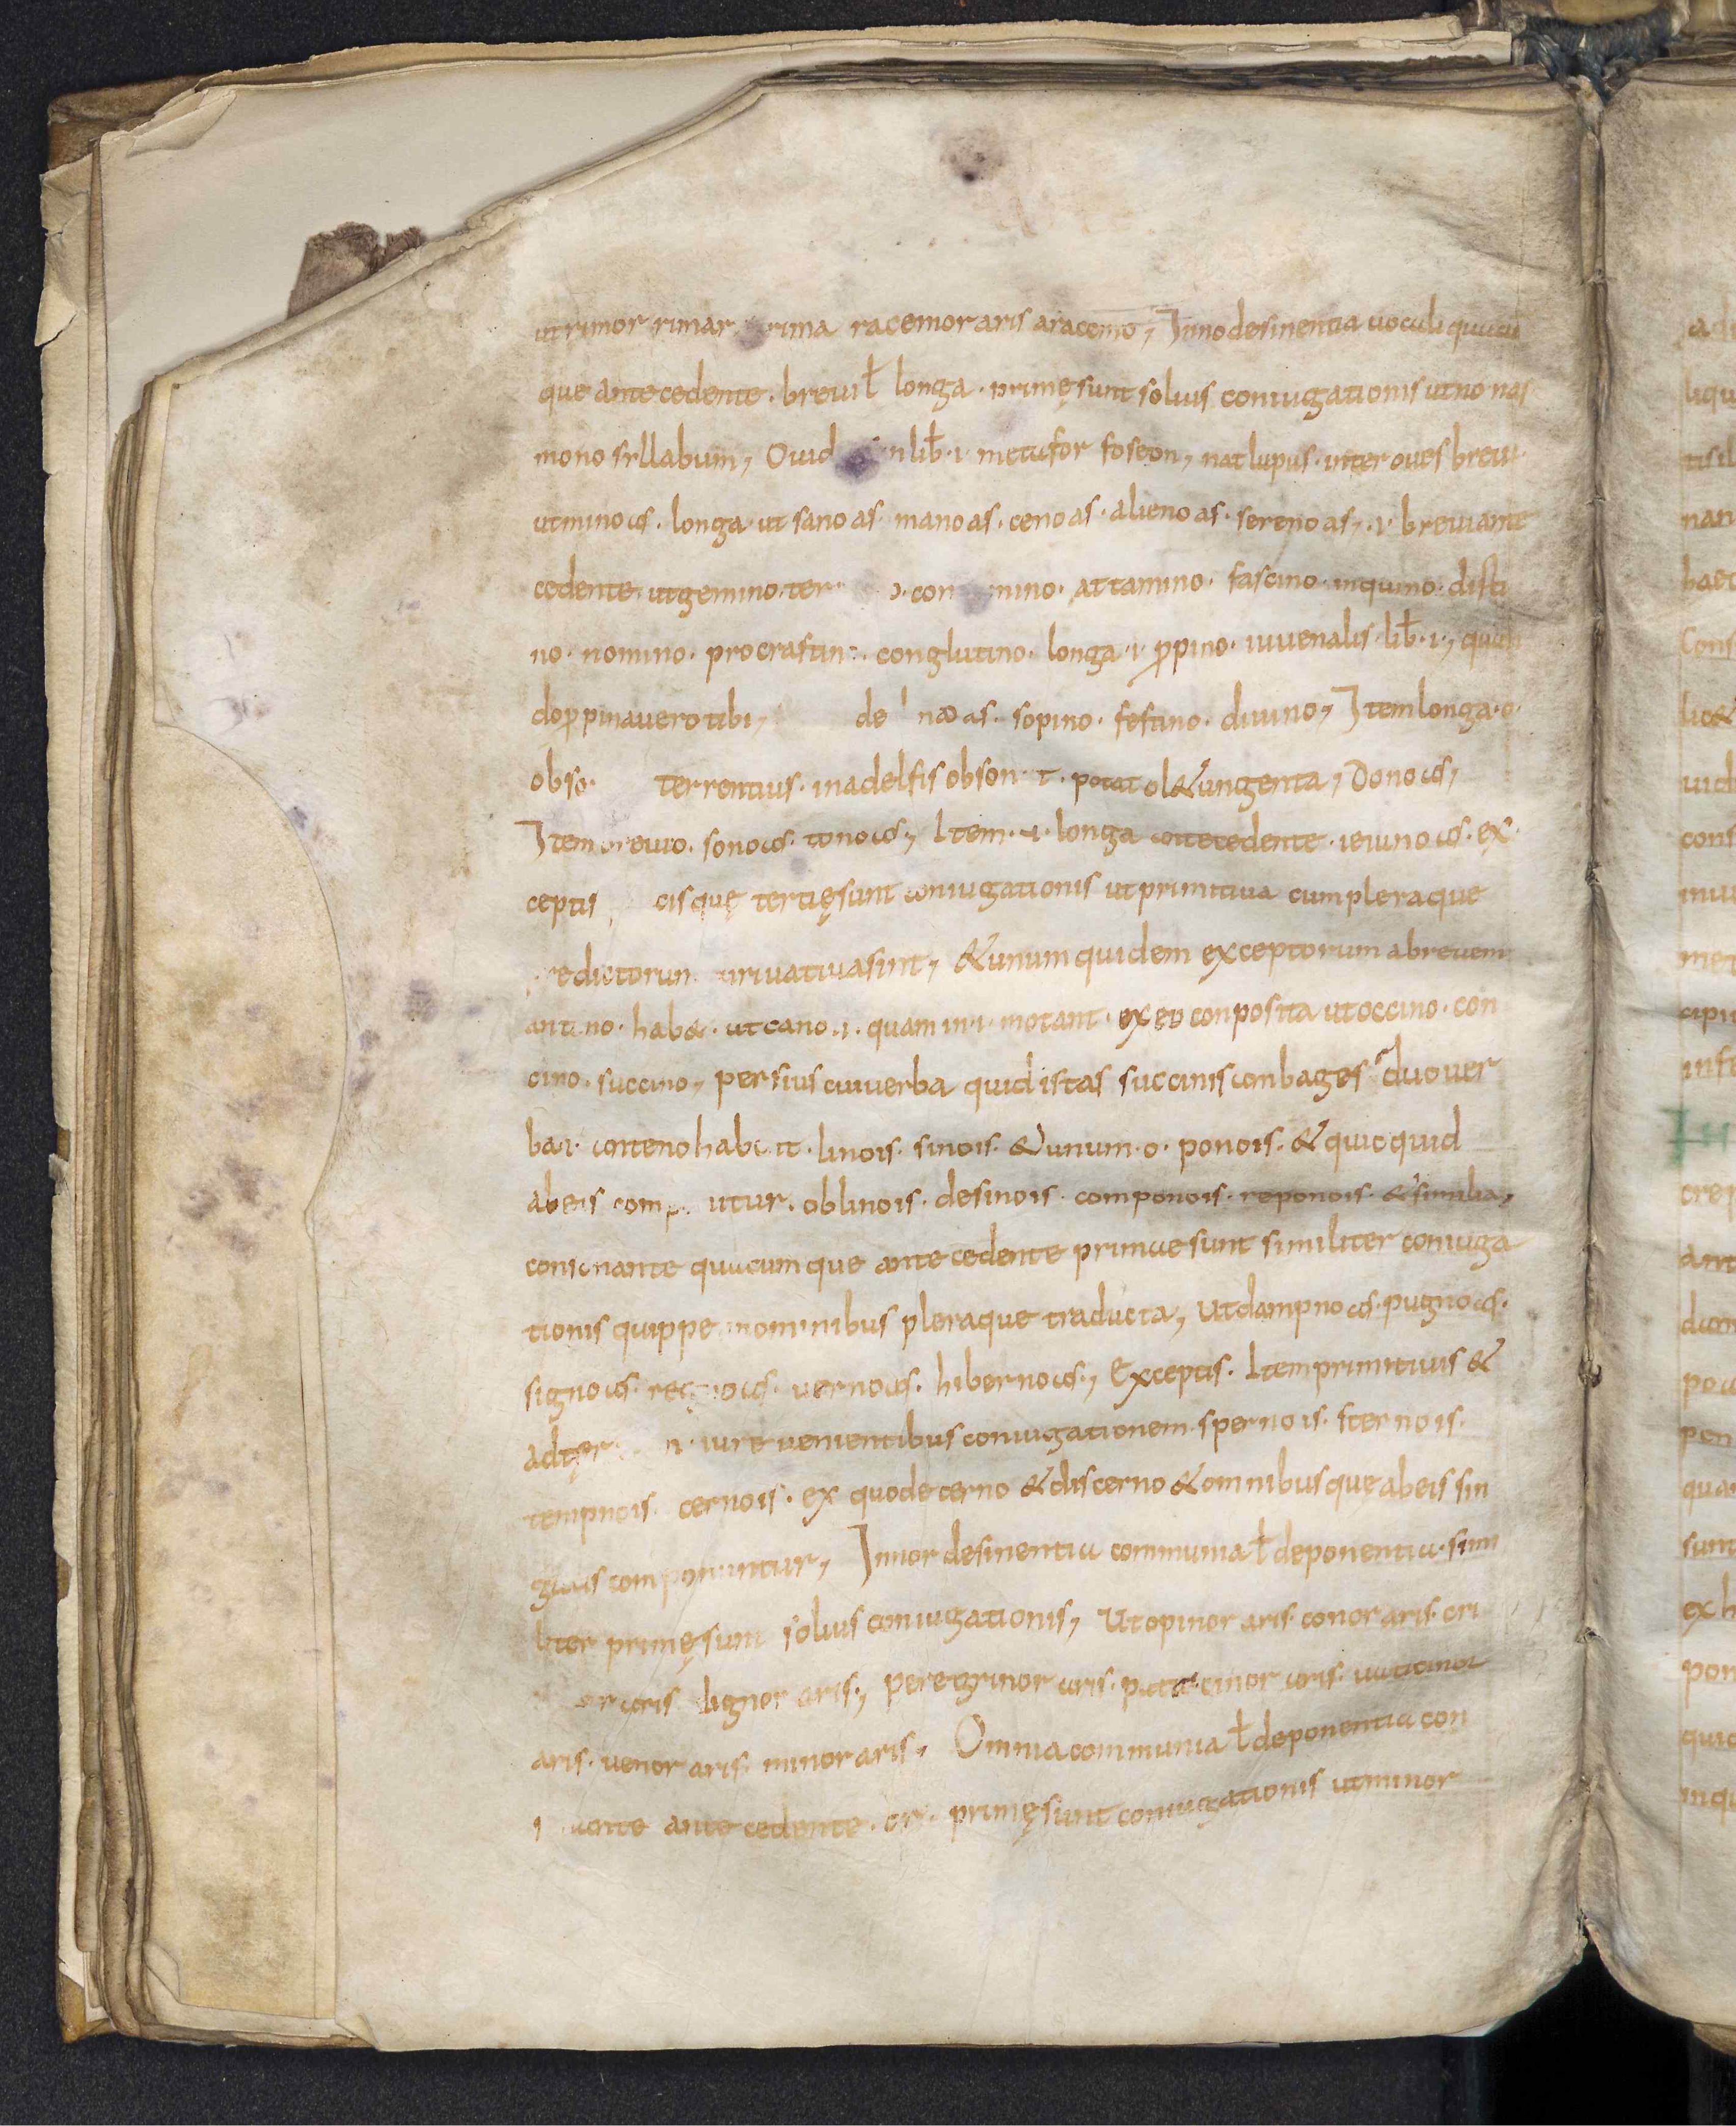
Shelfmark: Leiden, Bibliotheek der Rijksuniversiteit, Voss. Lat. O 41
Century: 9